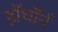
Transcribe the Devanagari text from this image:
हॉथॉर्न